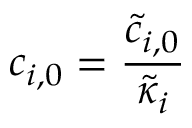
c _ { i , 0 } = \frac { \tilde { c } _ { i , 0 } } { \tilde { \kappa } _ { i } }